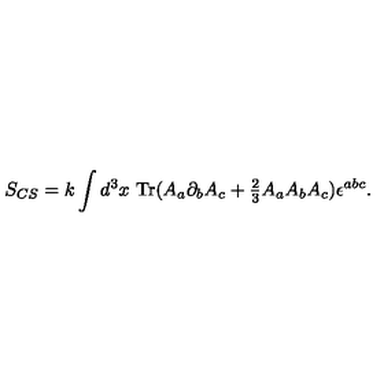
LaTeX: S _ { C S } = k \int d ^ { 3 } x \ \mathrm { T r } ( A _ { a } \partial _ { b } A _ { c } + { \textstyle { \frac { 2 } { 3 } } } A _ { a } A _ { b } A _ { c } ) \epsilon ^ { a b c } .